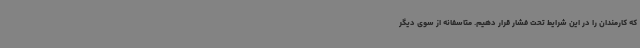
که کارمندان را در این شرایط تحت فشار قرار دهیم. متاسفانه از سوی دیگر